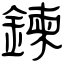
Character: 鍊